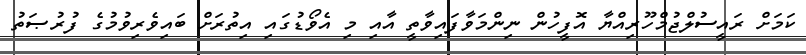
ކަމަށް ރައީސުލްޖުމްހޫރިއްޔާ އޮފީހުން ނިންމަވާފައިވާތީ އާއި މި އެވޯޑުގައި އިތުރަށް ބައިވެރިވުމުގެ ފުރުޞަތު